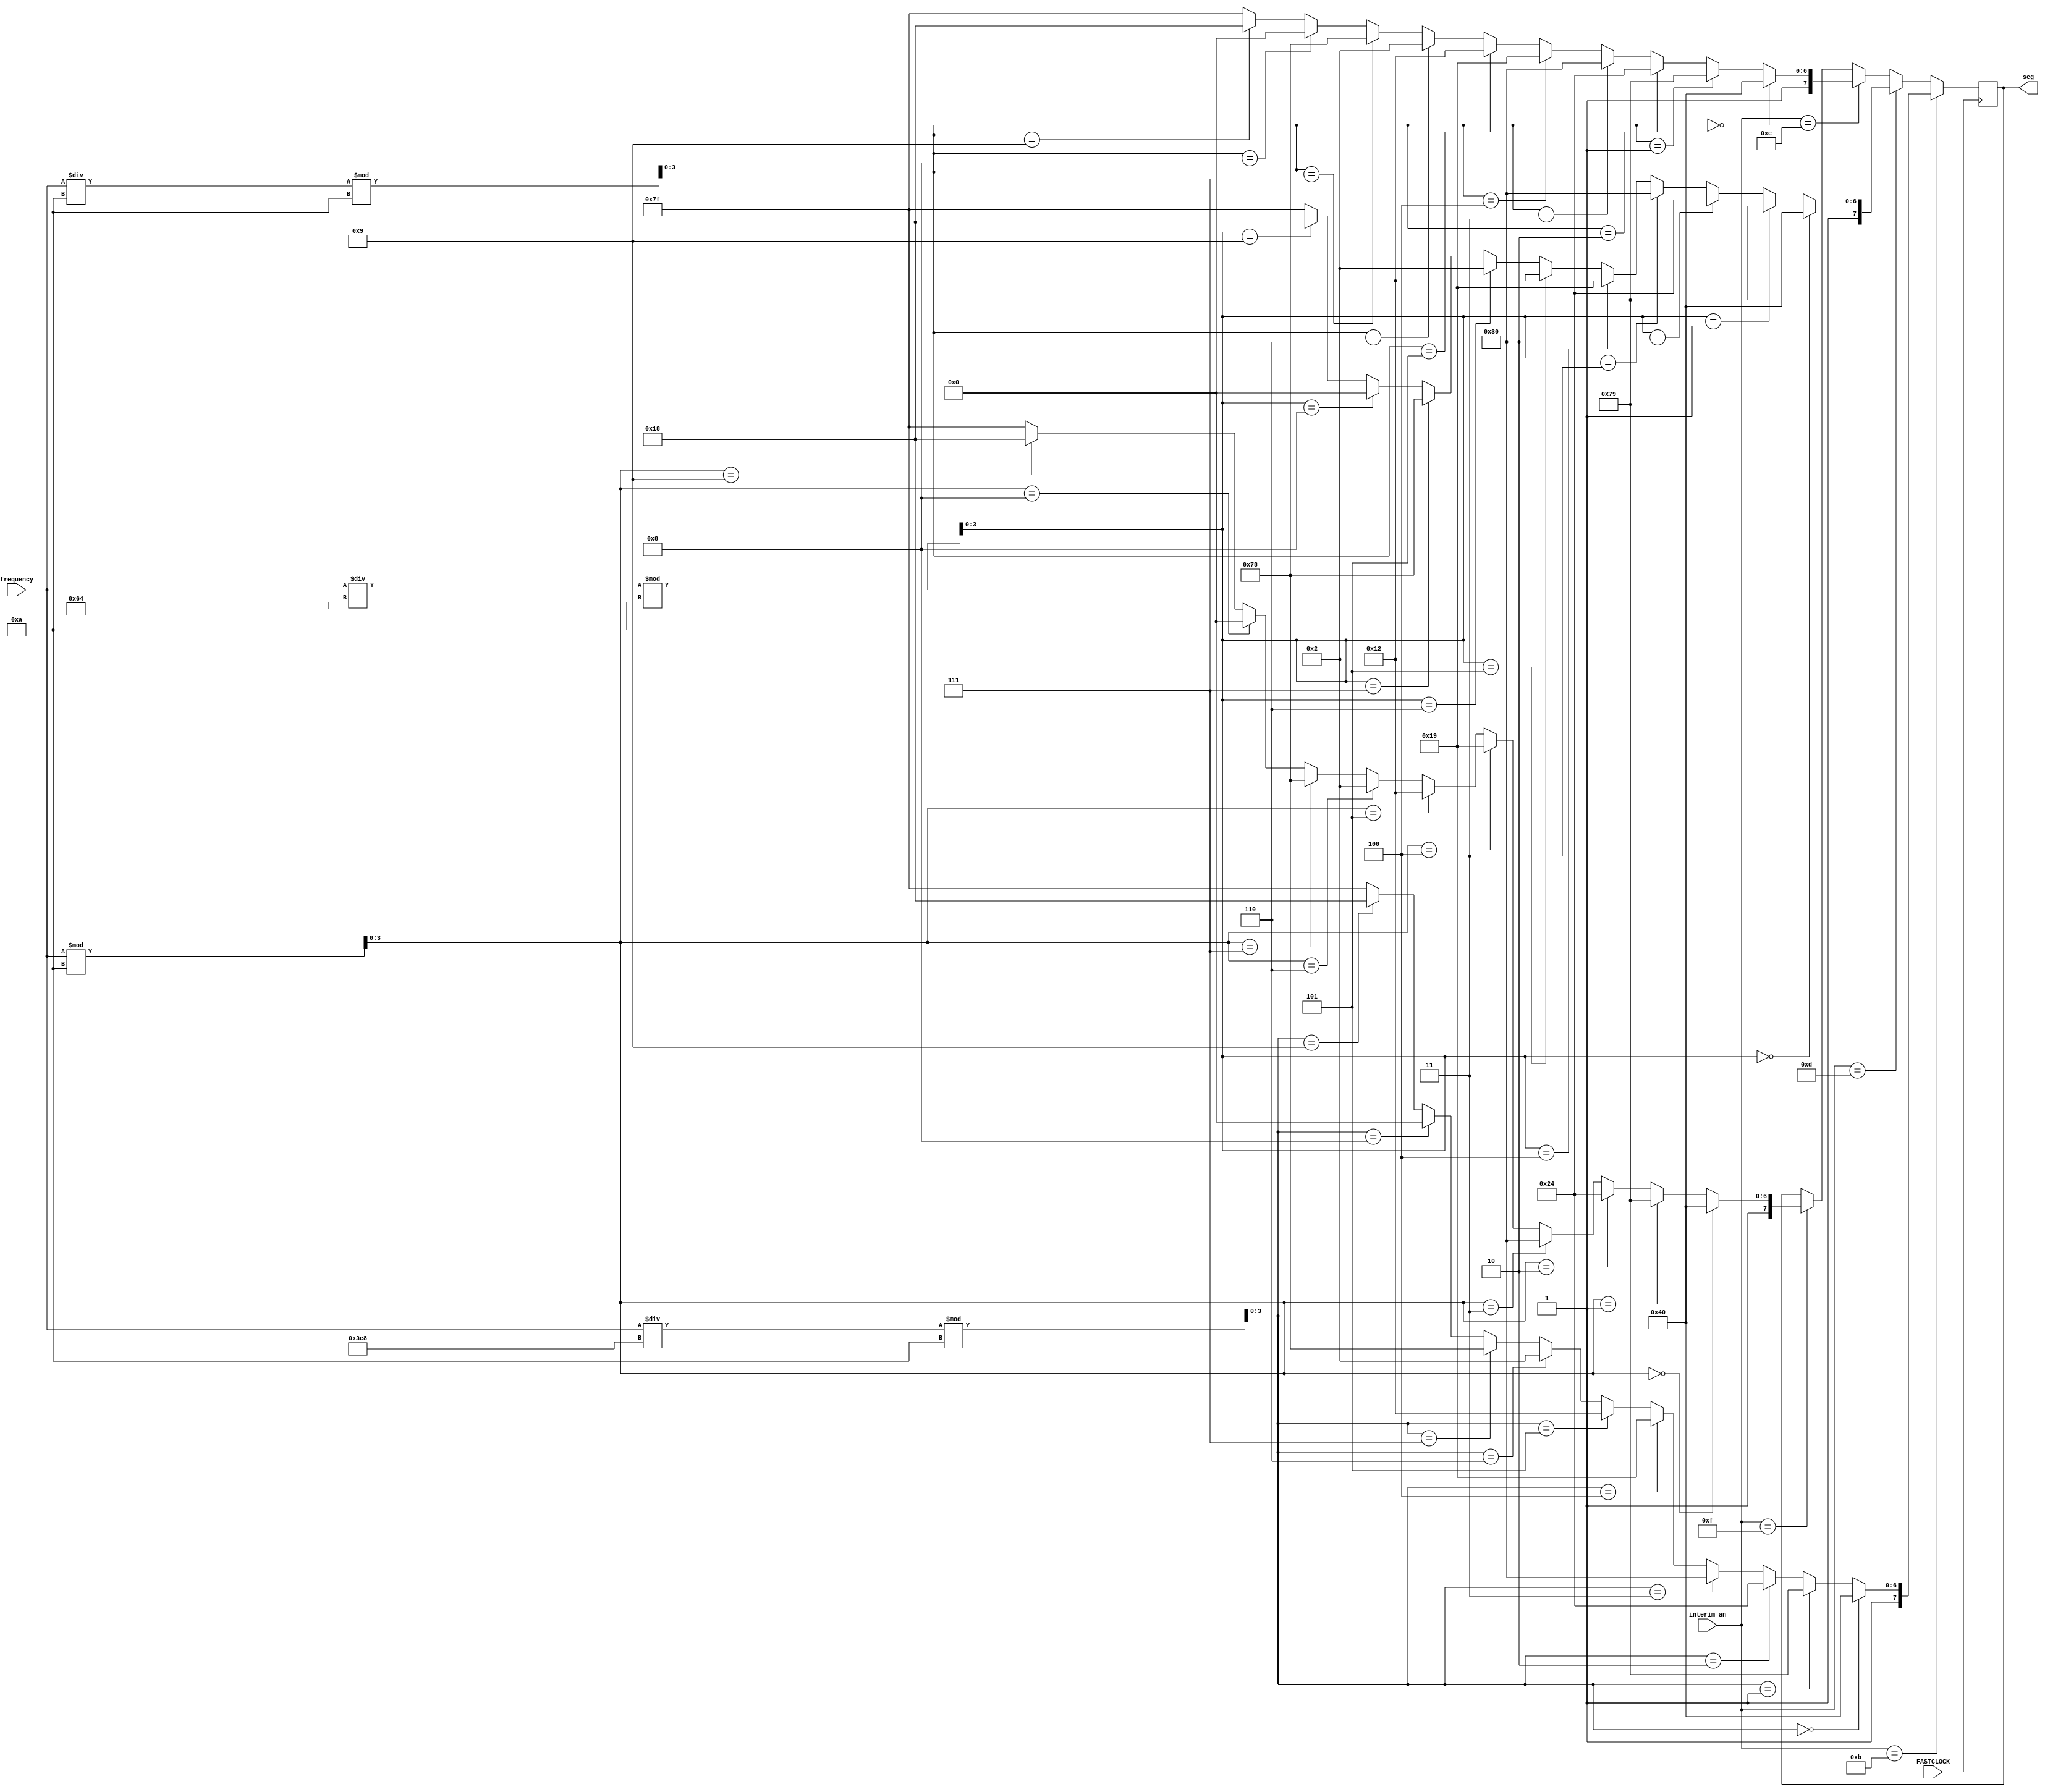
module SEGMENT_DISP(
    input FASTCLOCK,
    input[18:0] frequency, 
    input [3:0] interim_an, 
    output reg [7:0] seg
    );
    
    wire [3:0] digit0 = frequency %10;
    wire [3:0] digit1 = (frequency/10) %10;
    wire [3:0] digit2 = (frequency/100) %10;
    wire [3:0] digit3 = (frequency/1000) %10;
    
    reg [2:0] counter = 0;
    reg SLOWCLOCK = 1;
    
    always @(posedge FASTCLOCK) begin
            if(interim_an == 4'b01111) begin    
                if (digit0 == 0) seg <= 8'b11000000;
                else if (digit0 == 1) seg <= 8'b11111001;
                else if (digit0 == 2) seg <= 8'b10100100;
                else if (digit0 == 3) seg <= 8'b10110000;
                else if (digit0 == 4) seg <= 8'b10011001;
                else if (digit0 == 5) seg <= 8'b10010010;
                else if (digit0 == 6) seg <= 8'b10000010;
                else if (digit0 == 7) seg <= 8'b11111000;
                else if (digit0 == 8) seg <= 8'b10000000;
                else if (digit0 == 9) seg <= 8'b10011000;
                else seg <= 8'b11111111;
             end
            
            if ( interim_an == 4'b1110) begin
                if (digit1 == 0) seg <= 8'b11000000;
                else if (digit1 == 1) seg <= 8'b11111001;
                else if (digit1 == 2) seg <= 8'b10100100;
                else if (digit1 == 3) seg <= 8'b10110000;
                else if (digit1 == 4) seg <= 8'b10011001;
                else if (digit1 == 5) seg <= 8'b10010010;
                else if (digit1 == 6) seg <= 8'b10000010;
                else if (digit1 == 7) seg <= 8'b11111000;
                else if (digit1 == 8) seg <= 8'b10000000;
                else if (digit1 == 9) seg <= 8'b10011000;
                else seg <= 8'b11111111;
            end
            
            if ( interim_an == 4'b1101) begin
                 if (digit2 == 0) seg <= 8'b11000000;
                else if (digit2 == 1) seg <= 8'b11111001;
                else if (digit2 == 2) seg <= 8'b10100100;
                else if (digit2 == 3) seg <= 8'b10110000;
                else if (digit2 == 4) seg <= 8'b10011001;
                else if (digit2 == 5) seg <= 8'b10010010;
                else if (digit2 == 6) seg <= 8'b10000010;
                else if (digit2 == 7) seg <= 8'b11111000;
                else if (digit2 == 8) seg <= 8'b10000000;
                else if (digit2 == 9) seg <= 8'b10011000;
                else seg <= 8'b11111111;
            end
            
            if ( interim_an == 4'b1011) begin
                 if (digit3 == 0) seg <= 8'b11000000;
                else if (digit3 == 1) seg <= 8'b11111001;
                else if (digit3 == 2) seg <= 8'b10100100;
                else if (digit3 == 3) seg <= 8'b10110000;
                else if (digit3 == 4) seg <= 8'b10011001;
                else if (digit3 == 5) seg <= 8'b10010010;
                else if (digit3 == 6) seg <= 8'b10000010;
                else if (digit3 == 7) seg <= 8'b11111000;
                else if (digit3 == 8) seg <= 8'b10000000;
                else if (digit3 == 9) seg <= 8'b10011000;
                else seg <= 8'b11111111;
            end
    end

endmodule